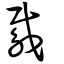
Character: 䳒